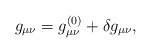
\begin{align*}g_{\mu\nu}=g^{(0)}_{\mu\nu}+\delta g_{\mu\nu},\end{align*}